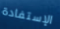
الإستفادة